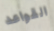
القواعد